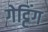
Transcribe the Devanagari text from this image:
गेट्टिंग